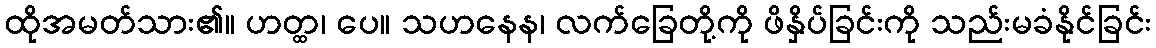
ထိုအမတ်သား၏။ ဟတ္ထ၊ ပေ။ သဟနေန၊ လက်ခြေတို့ကို ဖိနှိပ်ခြင်းကို သည်းမခံနိုင်ခြင်း